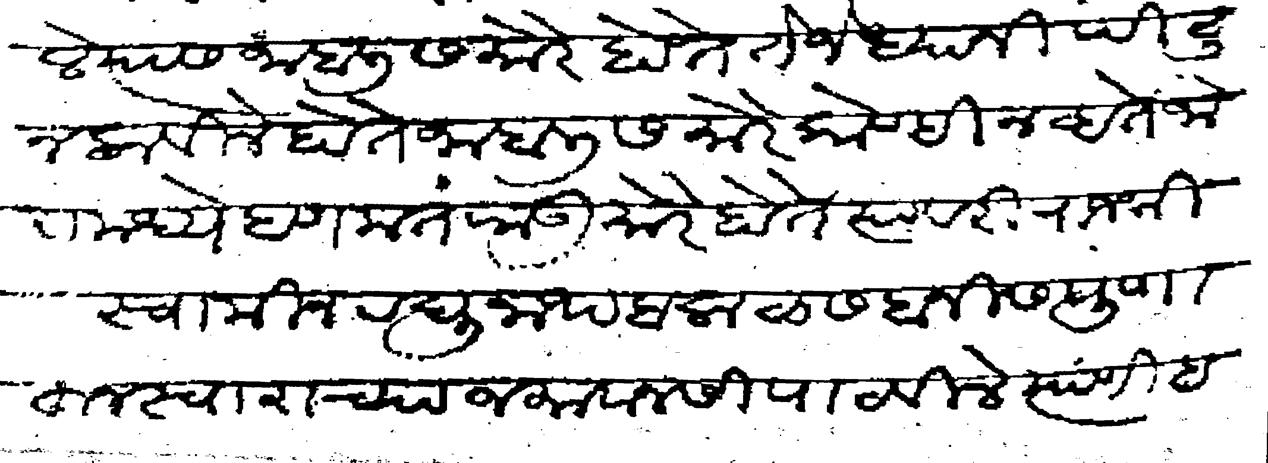
Transliteration (Devanagari): त्यास जाबलीस मोरे होते ते जेध्यानी पिटुन लावीले होते जाबलीस मोरे कोण्ही नव्हते जोरामध्ये हणमंतराऊ मोरे होते त्यावरी राजश्री स्वामीन रघुनाथ बलाळ सबनीस पुणाहून स्वाराच्या जमावानसी पाठविले त्याणी